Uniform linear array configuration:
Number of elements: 8
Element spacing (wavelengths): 0.25
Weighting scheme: exponential
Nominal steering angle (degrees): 15
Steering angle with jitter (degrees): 13.67
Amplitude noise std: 0.05
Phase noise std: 0.05

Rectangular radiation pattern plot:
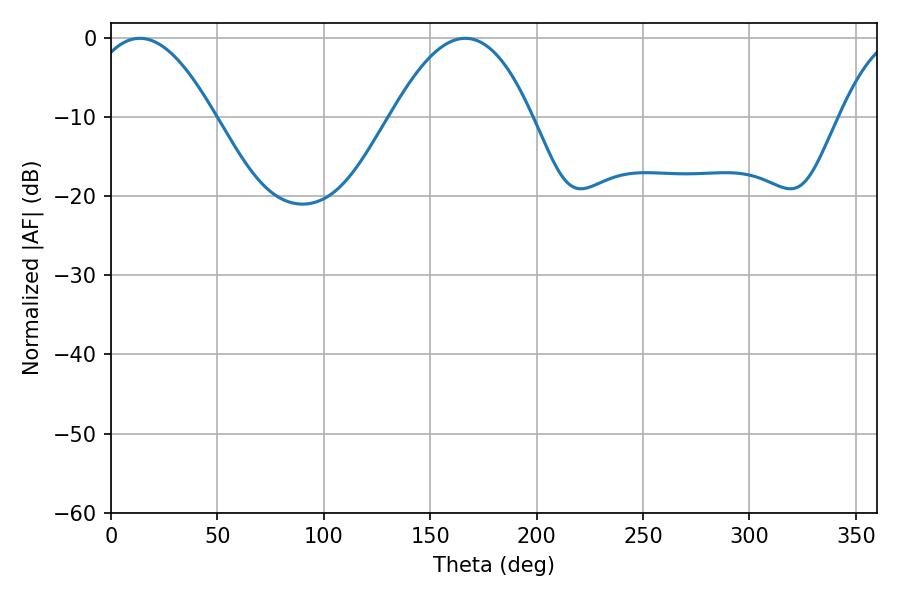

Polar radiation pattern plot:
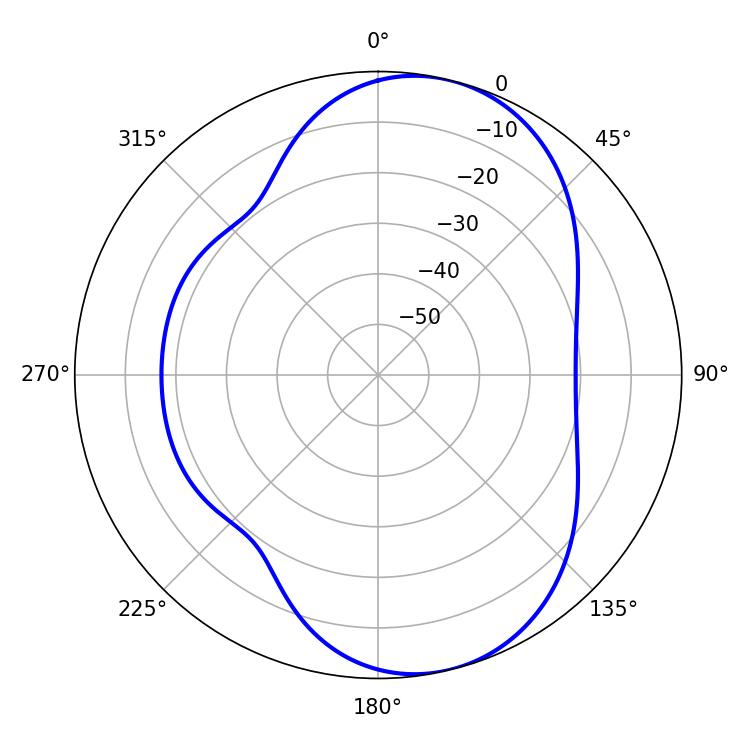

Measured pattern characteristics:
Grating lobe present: FALSE
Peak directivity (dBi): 7.981
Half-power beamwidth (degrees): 32.22
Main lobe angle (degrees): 13.5